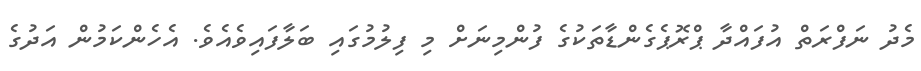
މެދު ނަފްރަތް އުފައްދާ ޕްރޮޕެގެންޑާތަކުގެ ފުންމިނަށް މި ފިލުމުގައި ބަލާފައިވެއެވެ. އެހެންކަމުން އަދުގެ